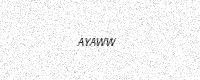
Text: AYAWW